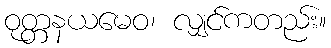
ဝုတ္တနယမေဝ၊ လျှင်ကတည်း။